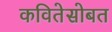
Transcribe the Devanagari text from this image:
कवितेसोबत